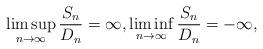
LaTeX: \begin{align*} \limsup_{n\to \infty}\frac{S_n}{D_n}=\infty, \liminf_{n\to \infty}\frac{S_n}{D_n}=-\infty, \quad\end{align*}